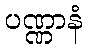
ပဏ္ဏာနံ